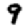
Digit: 9